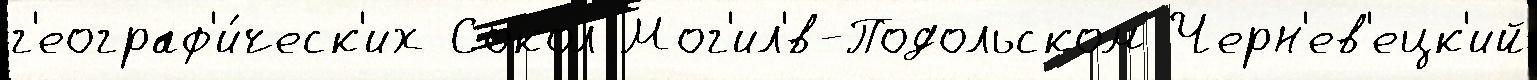
г'еограф'и́ческ'их Сокол Мог'ил'́в-Подольском Черн'ев'ецк'ий